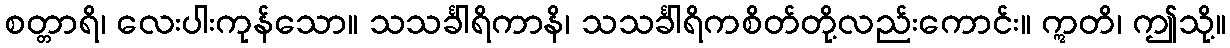
စတ္တာရိ၊ လေးပါးကုန်သော။ သသင်္ခါရိကာနိ၊ သသင်္ခါရိကစိတ်တို့လည်းကောင်း။ ဣတိ၊ ဤသို့။